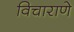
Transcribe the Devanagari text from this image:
विचाराणे